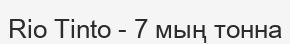
Rio Tinto - 7 мың тонна